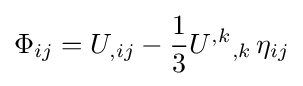
\Phi _{ij}=U_{,ij}-{\frac {1}{3}}{U^{,k}}_{,k}\,\eta _{ij}